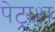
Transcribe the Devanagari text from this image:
पेट्राश